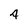
Character: 4